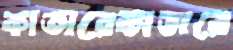
কাতারেকাতারে